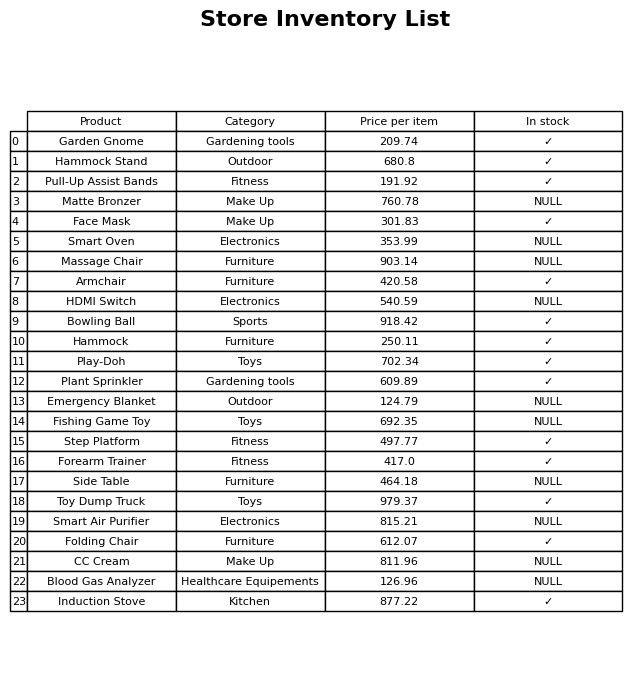
question: What is the price for Play-Doh?
answer: The price of Play-Doh is 702.34.